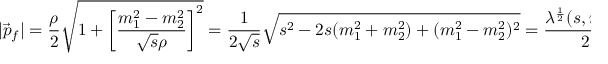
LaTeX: | \vec { p } _ { f } | = \frac { \rho } { 2 } \sqrt { 1 + \left[ \frac { m _ { 1 } ^ { 2 } - m _ { 2 } ^ { 2 } } { \sqrt { s } \rho } \right] ^ { 2 } } = \frac { 1 } { 2 \sqrt { s } } \sqrt { s ^ { 2 } - 2 s ( m _ { 1 } ^ { 2 } + m _ { 2 } ^ { 2 } ) + ( m _ { 1 } ^ { 2 } - m _ { 2 } ^ { 2 } ) ^ { 2 } } = \frac { \lambda ^ { \frac { 1 } { 2 } } ( s , m _ { 1 } ^ { 2 } , m _ { 2 } ^ { 2 } ) } { 2 \sqrt { s } }